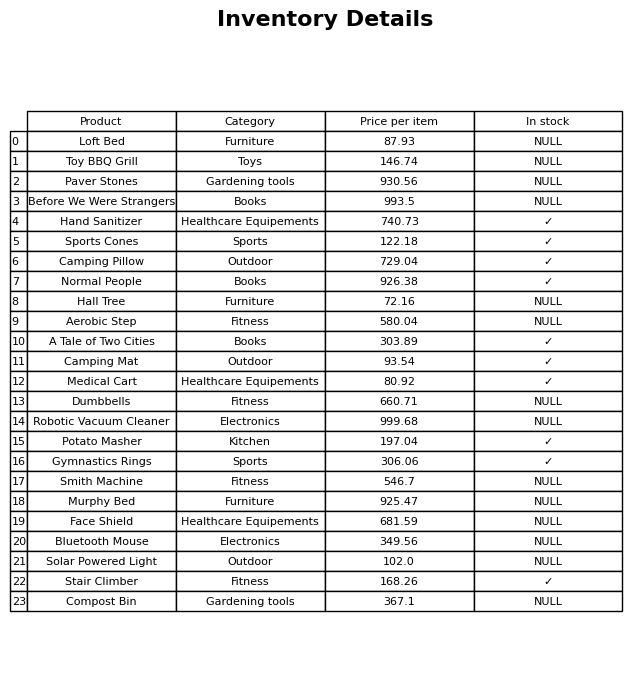
question: What is the price of the Hall Tree?
answer: The price of Hall Tree is 72.16.